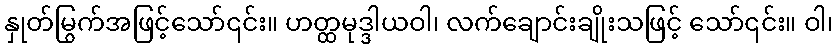
နှုတ်မြွက်အဖြင့်သော်၎င်း။ ဟတ္ထမုဒ္ဒါယဝါ၊ လက်ချောင်းချိုးသဖြင့် သော်၎င်း။ ဝါ၊